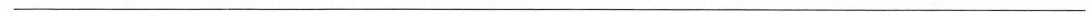
___